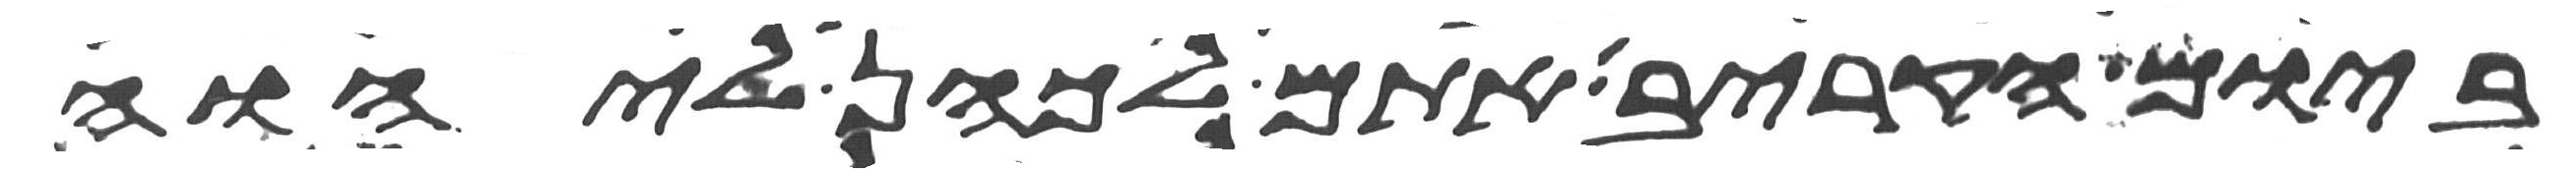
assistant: ביום הקריבו אתם לכהן ליהוה